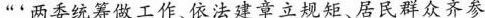
“两委统筹做工作、依法建章立规矩、居民群众齐参